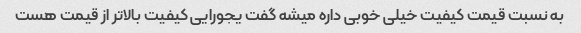
به نسبت قیمت کیفیت خیلی خوبی داره میشه گفت یجورایی کیفیت بالاتر از قیمت هست